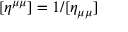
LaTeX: [ \eta ^ { \mu \mu } ] = 1 / [ \eta _ { \mu \mu } ]